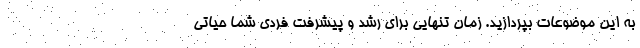
به این موضوعات بپردازید. زمان تنهایی برای رشد و پیشرفت فردی شما حیاتی